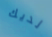
لديك